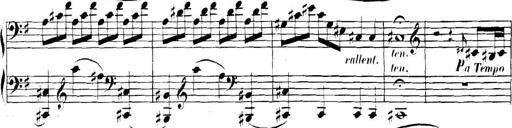
Title: Collected Piano Sonatas
Composer: Muzio Clementi